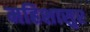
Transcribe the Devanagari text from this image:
महिशासुर